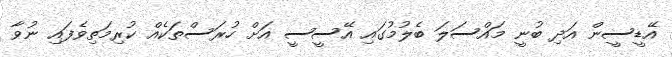
އޭޑީސީން އަދި ބުނީ މައްސަލަ ބެލުމުގައި އޭސީސީ އަށް ހުރަސްތަކެއް ކުރިމަތިވެފައި ނުވާ